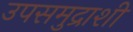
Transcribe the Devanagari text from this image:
उपसमुद्राशी